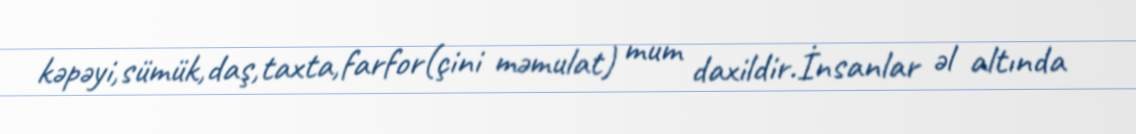
kəpəyi,sümük,daş,taxta,farfor(çini məmulat) mum daxildir.İnsanlar əl altında